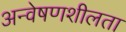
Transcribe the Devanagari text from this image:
अन्वेषणशीलता